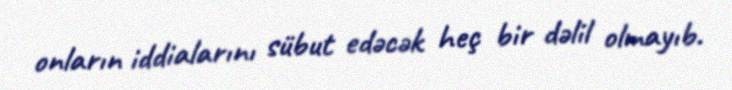
onların iddialarını sübut edəcək heç bir dəlil olmayıb.